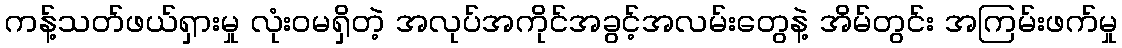
ကန့်သတ်ဖယ်ရှားမှု လုံးဝမရှိတဲ့ အလုပ်အကိုင်အခွင့်အလမ်းတွေနဲ့ အိမ်တွင်း အကြမ်းဖက်မှု